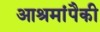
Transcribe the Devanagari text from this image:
आश्रमांपैकी